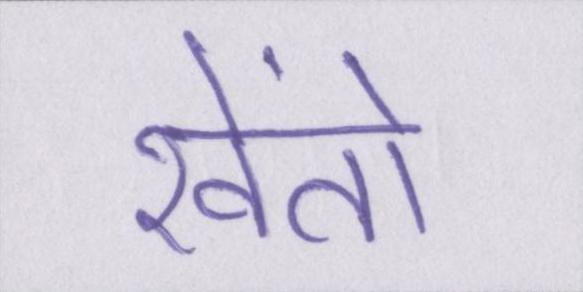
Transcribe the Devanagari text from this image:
खेंतो